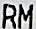
RM